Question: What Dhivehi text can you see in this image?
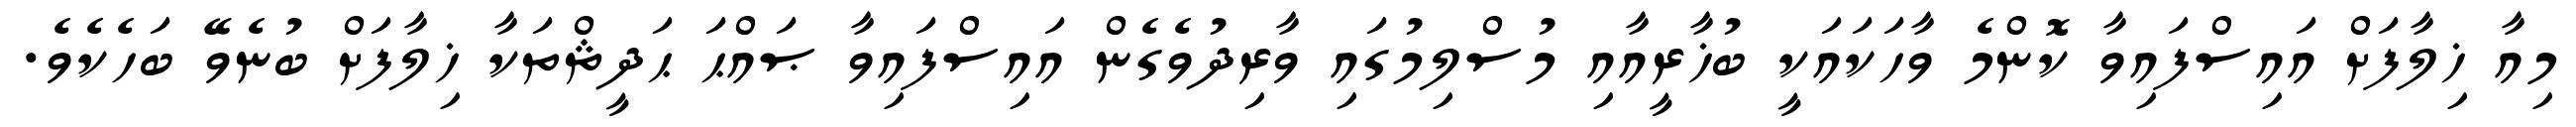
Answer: މިއާ ޚިލާފަށް އައިސްފައިވާ ކޮންމެ ވާހަކައަކީ ބުޚާރީއާއި މުސްލިމުގައި ވާރިދުވެގެން އައިސްފައިވާ ޞައްޙަ ޙަދީޘްތަކާ ޚިލާފަށް ބުނެވޭ ބަހެކެވެ.